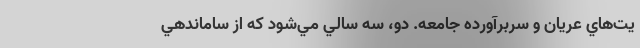
يت‌هاي عريان و سربرآورده جامعه. دو، سه سالي مي‌شود كه از ساماندهي